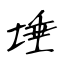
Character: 埵